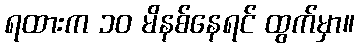
ရထားက ၁၀ မိနစ်နေရင် ထွက်မှာ။